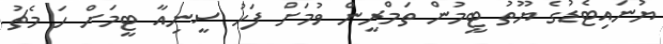
ޔުނައިޓެޑުގެ ޔޫތު ޓީމުން ތަމްރީން ވުމަށް ފަހު ސީނިއާ ޓީމަށް ހަ މެޗު